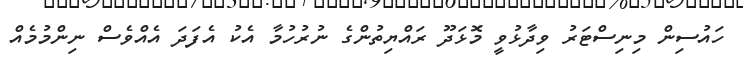
ހައުސިން މިނިސްޓަރު ވިދާޅުވީ މޮޅަދޫ ރައްޔިތުންގެ ނުރުހުމާ އެކު އެފަދަ އެއްވެސް ނިންމުމެއް